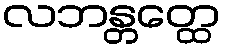
လဘန္တတ္ထေ